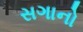
સગાનો